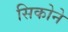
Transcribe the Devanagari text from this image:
सिकोने